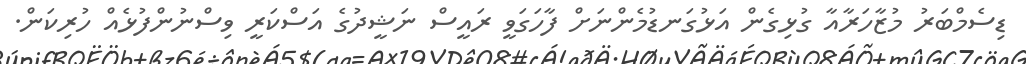
ޑިސެމްބަރު މުޒާހަރާއާ ގުޅިގެން އަޅުގަނޑުމެންނަށް ފާހަގަވީ ރައީސް ނަޝީދުގެ އަސްކަރީ ވިސްނުންފުޅެއް ހުރިކަން.